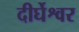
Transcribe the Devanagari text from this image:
दीर्घेश्वर